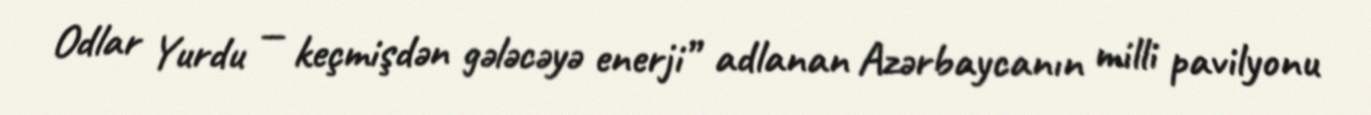
Odlar Yurdu — keçmişdən gələcəyə enerji” adlanan Azərbaycanın milli pavilyonu